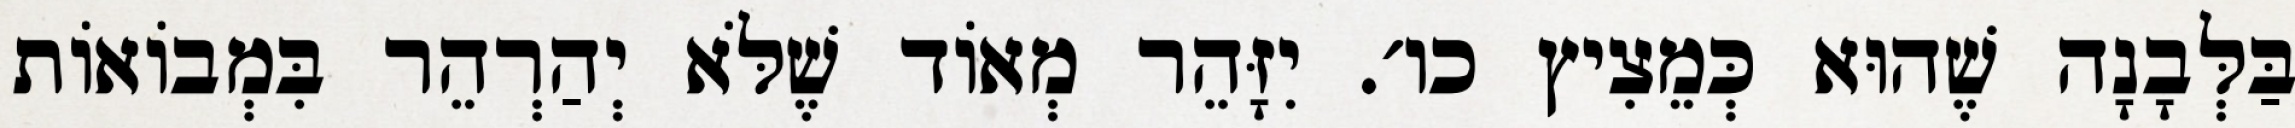
בַּלְּבָנָה שֶׁהוּא כְּמֵצִיץ כו׳. יִזָּהֵר מְאוֹד שֶׁלֹּא יְהַרְהֵר בִּמְבוֹאוֹת